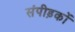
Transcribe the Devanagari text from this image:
संपीड़कों